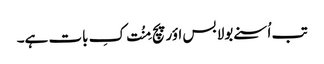
تب اُسنے بولا بس اؤر پچ مِنُت کِ بات ہے۔